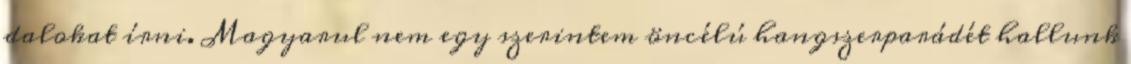
dalokat írni. Magyarul nem egy szerintem öncélú hangszerparádét hallunk